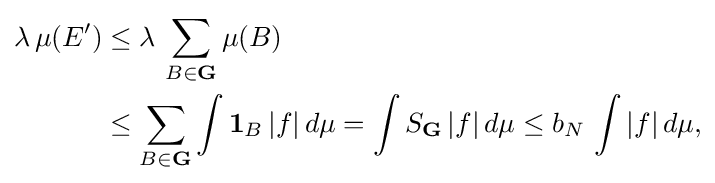
{\begin{aligned}\lambda \,\mu (E')&\leq \lambda \,\sum _{B\in \mathbf {G} }\mu (B)\\&\leq \sum _{B\in \mathbf {G} }\int \mathbf {1} _{B}\,|f|\,d\mu =\int S_{\mathbf {G} }\,|f|\,d\mu \leq b_{N}\,\int |f|\,d\mu ,\end{aligned}}